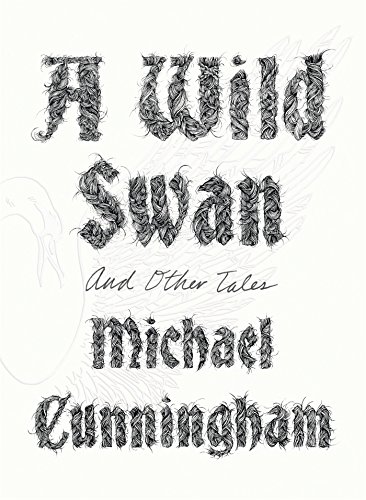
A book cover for A Wild Swan: And Other Tales; Michael Cunningham; Literature & Fiction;